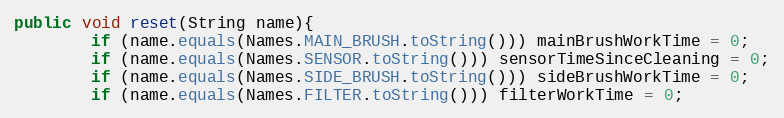
Language: Java
public void reset(String name){
        if (name.equals(Names.MAIN_BRUSH.toString())) mainBrushWorkTime = 0;
        if (name.equals(Names.SENSOR.toString())) sensorTimeSinceCleaning = 0;
        if (name.equals(Names.SIDE_BRUSH.toString())) sideBrushWorkTime = 0;
        if (name.equals(Names.FILTER.toString())) filterWorkTime = 0;